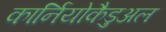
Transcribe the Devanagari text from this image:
कार्नियोकैडुअल